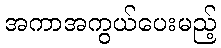
အကာအကွယ်ပေးမည့်